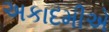
અકાદમીએ